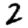
Digit: 2